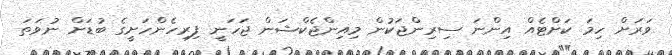
ވަރަށް ހިމަ ކަށްޓެއް އިންނަ ސިރިންޖަކުން މިއިންޖެކްޝަން ޖަހަނީ ފިރިހެންހަށީގެ ބުޑަށް ނުވަތަ